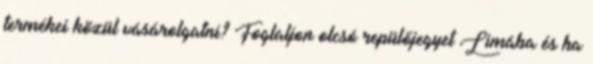
termékei közül vásárolgatni? Foglaljon olcsó repülőjegyet Limába és ha